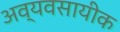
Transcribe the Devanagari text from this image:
अव्यवसायीक